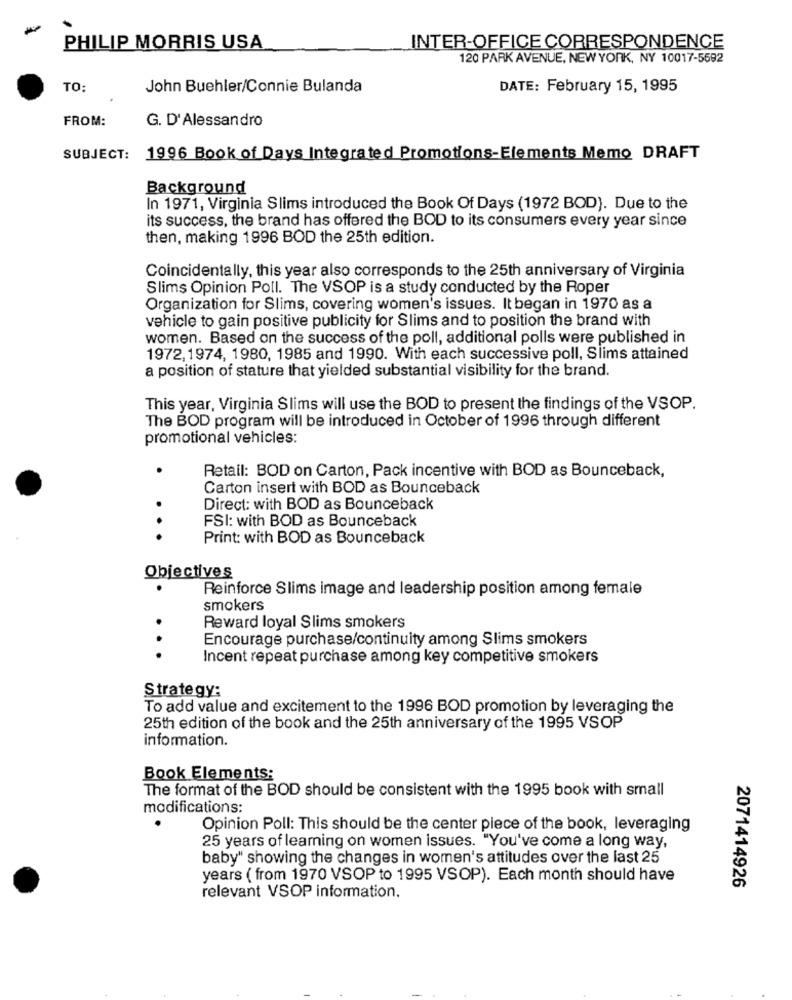
PHILIP MORRIS USA
INTER-OFFICE CORRESPONDENCE
120 PARK AVENUE, NEW YORK, NY 10017-5592
TO:
John Buehler/Connie Bulanda
DATE: February 15, 1995
FROM:
G. D'Alessandro
SUBJECT:
1996 Book of Days Integrated Promotions-Elements Memo DRAFT
Background
In 1971, Virginia Slims introduced the Book Of Days (1972 BOD). Due to the
its success, the brand has offered the BOD to its consumers every year since
then, making 1996 BOD the 25th edition.
Coincidentally, this year also corresponds to the 25th anniversary of Virginia
Slims Opinion Poll. The VSOP is a study conducted by the Roper
Organization for Slims, covering women's issues. It began in 1970 as a
vehicle to gain positive publicity for Slims and to position the brand with
women. Based on the success of the poll, additional polls were published in
1972,1974, 1980, 1985 and 1990. With each successive poll, Slims attained
a position of stature that yielded substantial visibility for the brand.
This year, Virginia Slims will use the BOD to present the findings of the VSOP.
The BOD program will be introduced in October of 1996 through different
promotional vehicles:
Retail: BOD on Carton, Pack incentive with BOD as Bounceback,
Carton insert with BOD as Bounceback
Direct: with BOD as Bounceback
FSI: with BOD as Bounceback
. ...
Print: with BOD as Bounceback
Objectives
.
Reinforce Slims image and leadership position among female
smokers
Reward loyal Slims smokers
Encourage purchase/continuity among Slims smokers
...
Incent repeat purchase among key competitive smokers
Strategy:
To add value and excitement to the 1996 BOD promotion by leveraging the
25th edition of the book and the 25th anniversary of the 1995 VSOP
information.
Book Elements:
The format of the BOD should be consistent with the 1995 book with small
modifications:
Opinion Poll: This should be the center piece of the book, leveraging
25 years of leaming on women issues. "You've come a long way,
baby" showing the changes in women's attitudes over the last 25
years ( from 1970 VSOP to 1995 VSOP). Each month should have
2071414926
relevant VSOP information.